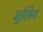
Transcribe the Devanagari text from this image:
मुलिन